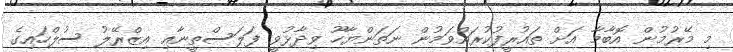
މި މޭރުމުން އޮބާމާ އަށް ތައުރީފުކުރައްވަމުން ނަތަންޔާހޫ ވިދާޅުވީ ފަލަސްތީނާއި އިޒްރޭލު ސުލްހައިގެ